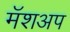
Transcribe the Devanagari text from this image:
मॅशअप